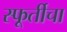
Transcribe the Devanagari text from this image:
स्फूर्तीचा